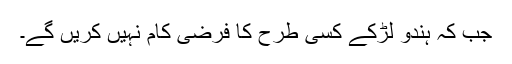
جب کہ ہندو لڑکے کسی طرح کا فرضی کام نہیں کریں گے۔